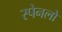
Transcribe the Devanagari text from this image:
स्पेनलो